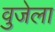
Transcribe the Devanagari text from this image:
वुजेला